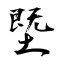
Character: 塈